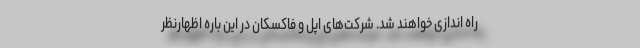
راه اندازی خواهند شد. شرکت‌های اپل و فاکسکان در این باره اظهارنظر